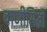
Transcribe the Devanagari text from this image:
वाणीसिद्धी